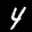
Label: 4